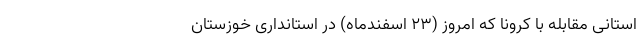
استانی مقابله با کرونا که امروز (۲۳ اسفندماه) در استانداری خوزستان